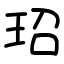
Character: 玿